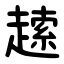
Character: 䞽